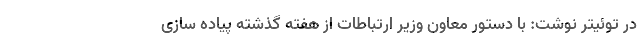
در توئیتر نوشت: با دستور معاون وزیر ارتباطات از هفته گذشته پیاده سازی